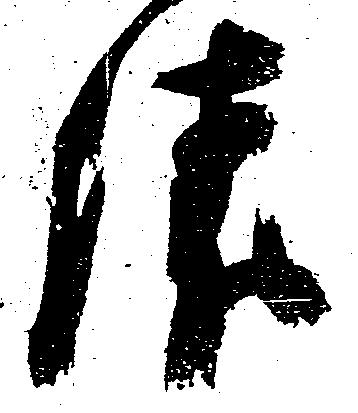
俵